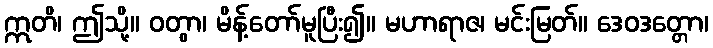
ဣတိ၊ ဤသို့။ ဝတွာ၊ မိန့်တော်မူပြီး၍။ မဟာရာဇ၊ မင်းမြတ်။ ဒေဝဒတ္တော၊